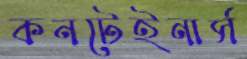
কনটেইনার্স